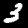
Digit: 3